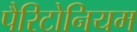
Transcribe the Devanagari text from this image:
पैरिटोनियम